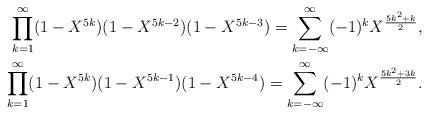
LaTeX: \begin{align*}\prod_{k=1}^\infty (1-X^{5k})(1-X^{5k-2})(1-X^{5k-3})=\sum_{k=-\infty}^\infty (-1)^kX^{\frac{5k^2+k}{2}},\\\prod_{k=1}^\infty (1-X^{5k})(1-X^{5k-1})(1-X^{5k-4})=\sum_{k=-\infty}^\infty (-1)^kX^{\frac{5k^2+3k}{2}}.\end{align*}